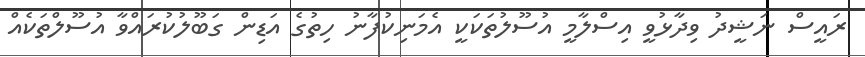
ރައީސް ނަޝީދު ވިދާޅުވީ އިސްލާމީ އުސޫލުތަކަކީ އެމަނިކުފާނު ހިތުގެ އަޑިން ގަބޫލުކުރައްވާ އުސޫލްތަކެއް